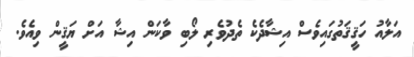
އަލާއު ހަޤީޤަތުގައިވެސް އިޝާދެކެ ތެދުވެރި ލޯބި ވާކަން އިޝާ އަށް ޔަޤީން ވިއެވެ.